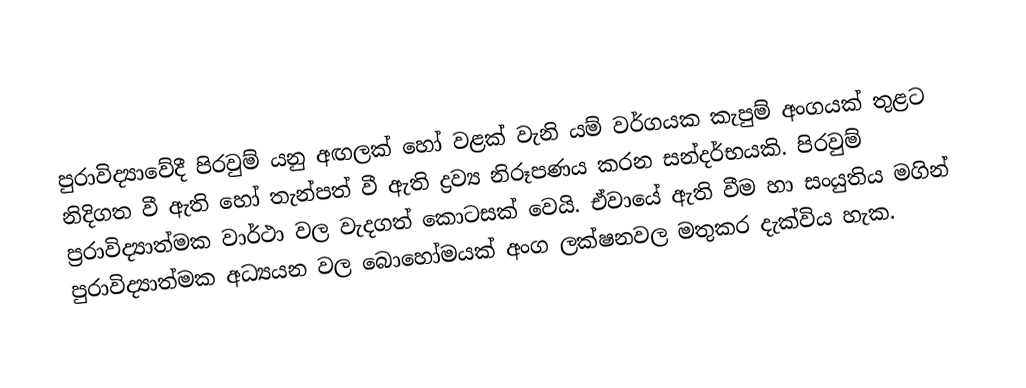
පුරාවිද්‍යාවේදී පිරවුම් යනු අඟලක් හෝ වළක් වැනි යම් වර්ගයක කැපුම් අංගයක් තුළට නිදිගත වී ඇති හෝ තැන්පත් වී ඇති ද්‍රව්‍ය නිරූපණය කරන සන්දර්භයකි. පිරවුම් ප්‍රරාවිද්‍යාත්මක වාර්ථා වල වැදගත් කොටසක් වෙයි. ඒවායේ ඇති වීම හා සංයුතිය මගින් පුරාවිද්‍යාත්මක අධ්‍යයන වල බොහෝමයක් අංග ලක්ෂනවල ‍මතුකර දැක්විය හැක.